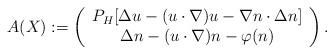
LaTeX: \begin{align*}A(X) :=\left(\begin{array}{c} P_H [ \Delta u - (u\cdot \nabla) u - \nabla n \cdot \Delta n ] \\\Delta n - (u\cdot \nabla) n - \varphi(n)\end{array}\right).\end{align*}